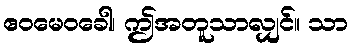
ဧဝမေဝခေါ၊ ဤအတူသာလျှင်။ သာ